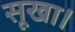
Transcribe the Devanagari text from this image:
सूखा।